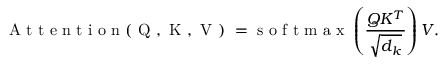
\mathrm { ~ A ~ t ~ t ~ e ~ n ~ t ~ i ~ o ~ n ~ ( ~ Q ~ , ~ K ~ , ~ V ~ ) ~ } = \mathrm { ~ s ~ o ~ f ~ t ~ m ~ a ~ x ~ } \left( \frac { Q K ^ { T } } { \sqrt { d _ { k } } } \right) V .